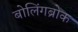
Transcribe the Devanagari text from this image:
बोलिंगब्रोक